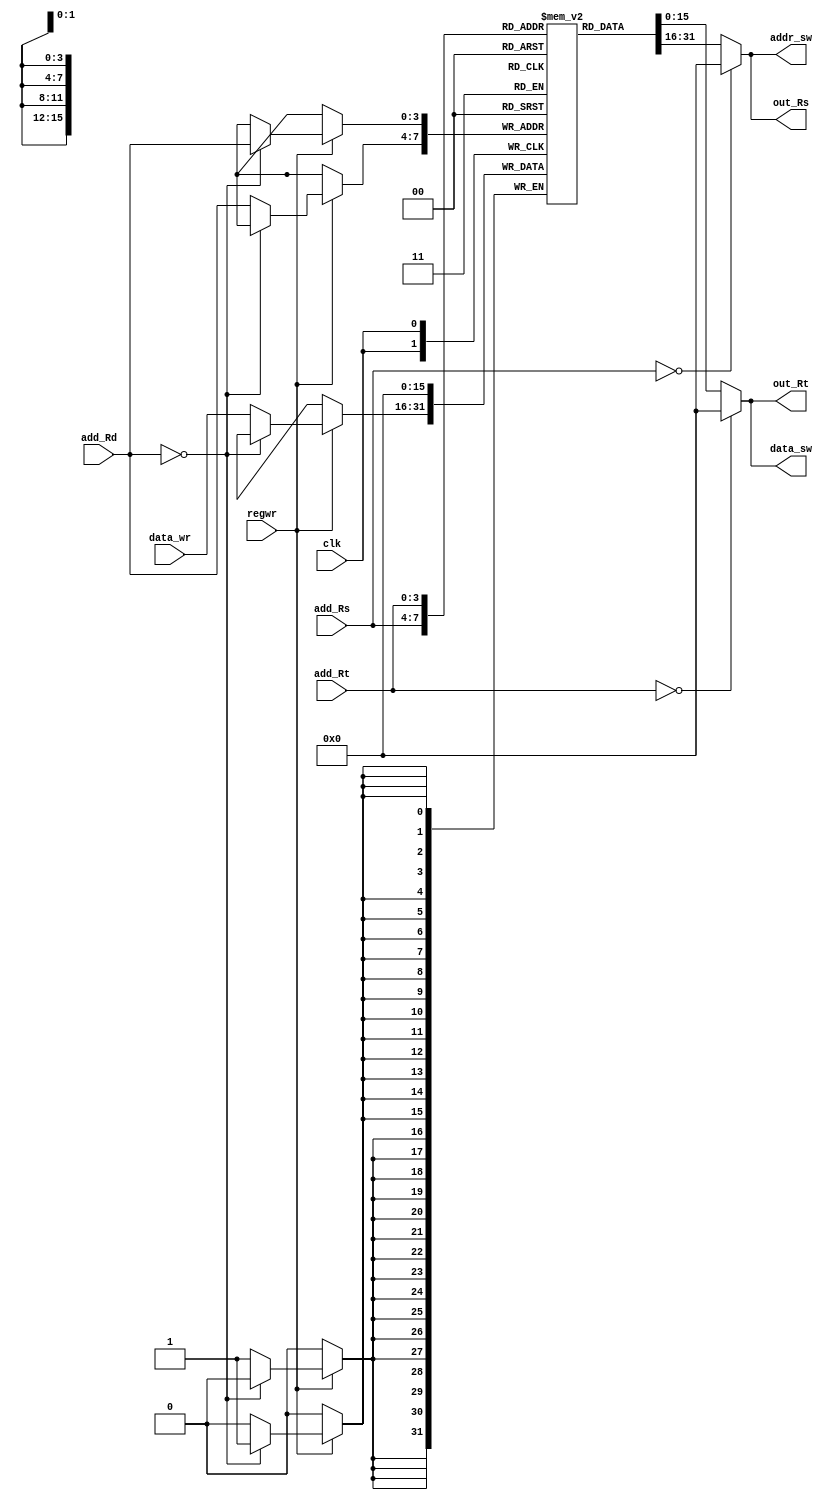
module regfile16(add_Rs, out_Rs, add_Rt, out_Rt, add_Rd, data_wr, regwr,addr_sw,data_sw, 
clk) ;
  input [3:0] add_Rs, add_Rt, add_Rd;
  input regwr, clk;
  input [15:0] data_wr;
  output [15:0] out_Rs, out_Rt,addr_sw,data_sw;
  reg[15:0] Register[15:0];
  
  reg [15:0] out_Rs, out_Rt;
  wire [15:0] addr_sw,data_sw;
  assign addr_sw = out_Rs;
  assign data_sw = out_Rt;
  
  always @ (posedge clk)
  
   if(regwr)
   begin
   if (add_Rd == 0)
      Register[add_Rd] = 0;//if it is zero ,the output must be zero only
    else 
      Register[add_Rd] = data_wr;
   $display("At this posedge  Register %d of Regfile is written %h",add_Rd,data_wr);
   end
  always @ (add_Rs or add_Rt)
   begin
        if (add_Rs == 0)
          out_Rs = 0;// if it is zero register,then give the content as zero only
        else 
          out_Rs = Register[add_Rs];
        if (add_Rt == 0)
          out_Rt = 0;// if it is zero register,then give the content as zero only
        else 
          out_Rt = Register[add_Rt];
    end
endmodule